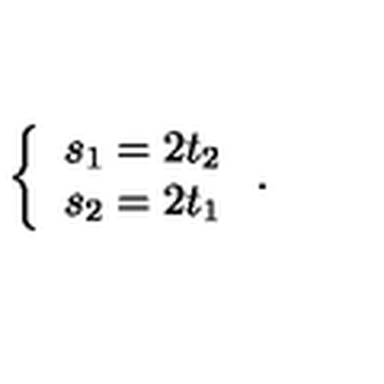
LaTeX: \left\{ \begin{array} { l l } { s _ { 1 } = 2 t _ { 2 } } \\ { s _ { 2 } = 2 t _ { 1 } } \\ \end{array} \right. .